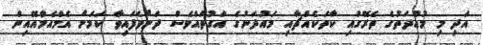
އަދި މި މުއްދަތުގެ ތެރޭގައި ކާތަކެއްޗާއި މައުދަނުގެ އަގުތައްވެސް ދަށްވެފައިވާ ކަމަށް އެމްއެމްއޭއިން